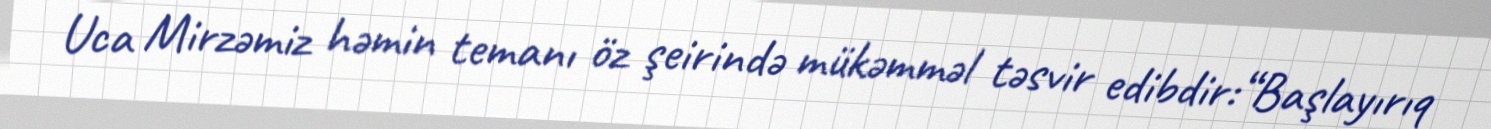
Uca Mirzəmiz həmin temanı öz şeirində mükəmməl təsvir edibdir:“Başlayırıq